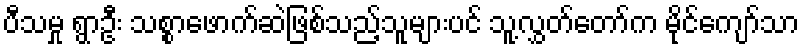
ပီသမှု ရွာဦး သစ္စာဖောက်ဆဲဖြစ်သည့်သူများပင် သူ့လွှတ်တော်က မိုင်ကျော်သာ